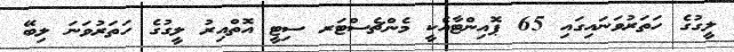
ލީގުގެ ހަތަރުވަނައިގައި 65 ޕޮއިންޓާއެކީ މެންޗެސްޓަރ ސިޓީ އޮތްއިރު ލީގުގެ ހަތަރުވަނަ ލިބޭ